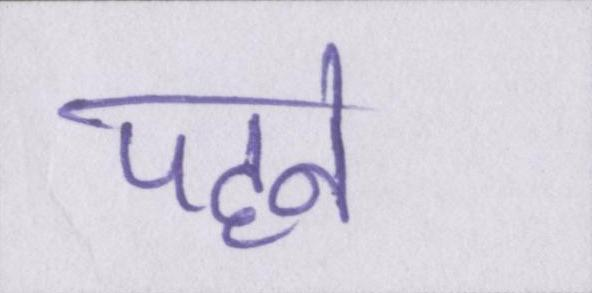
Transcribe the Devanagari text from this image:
पहने